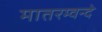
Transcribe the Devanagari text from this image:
मातरम्वन्दे